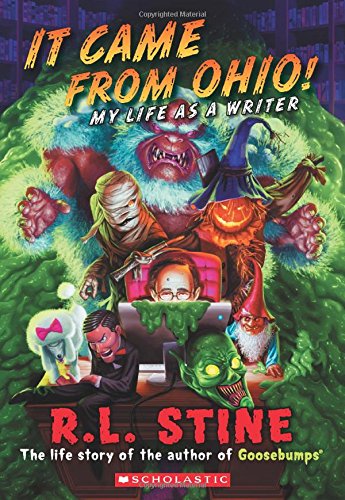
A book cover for It Came From Ohio!: My Life As a Writer; R.L. Stine; Children's Books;